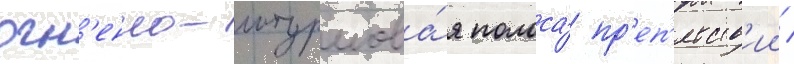
огн'енно-штурмова́я полоса́ пр'еп'ятств'ии /